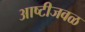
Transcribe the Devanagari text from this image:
आष्टीजवळ